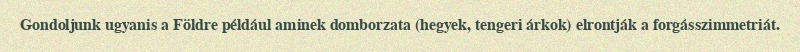
Gondoljunk ugyanis a Földre például aminek domborzata (hegyek, tengeri árkok) elrontják a forgásszimmetriát.